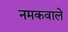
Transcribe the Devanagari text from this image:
नमकवाले